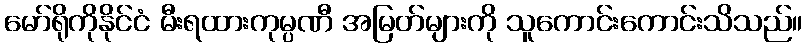
မော်ရိုကိုနိုင်ငံ မီးရထားကုမ္ပဏီ အမြတ်များကို သူကောင်းကောင်းသိသည်။